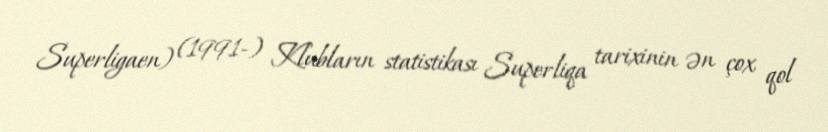
Superligaen) (1991-) Klubların statistikası Superliqa tarixinin ən çox qol